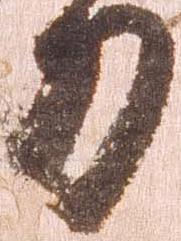
刀